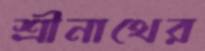
শ্রীনাথের